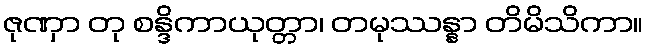
ဇုဏှာ တု စန္ဒိကာယုတ္တာ၊ တမုဿန္နာ တိမိသိကာ။